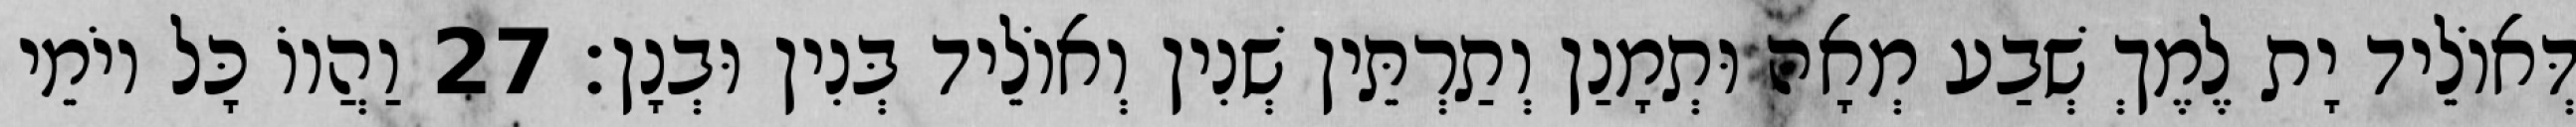
דְּאוֹלֵיד יָת לֶמֶךְ שְׁבַע מְאָה וּתְמָנַן וְתַרְתֵּין שְׁנִין וְאוֹלֵיד בְּנִין וּבְנָן׃ 27 וַהֲווֹ כָּל יוֹמֵי